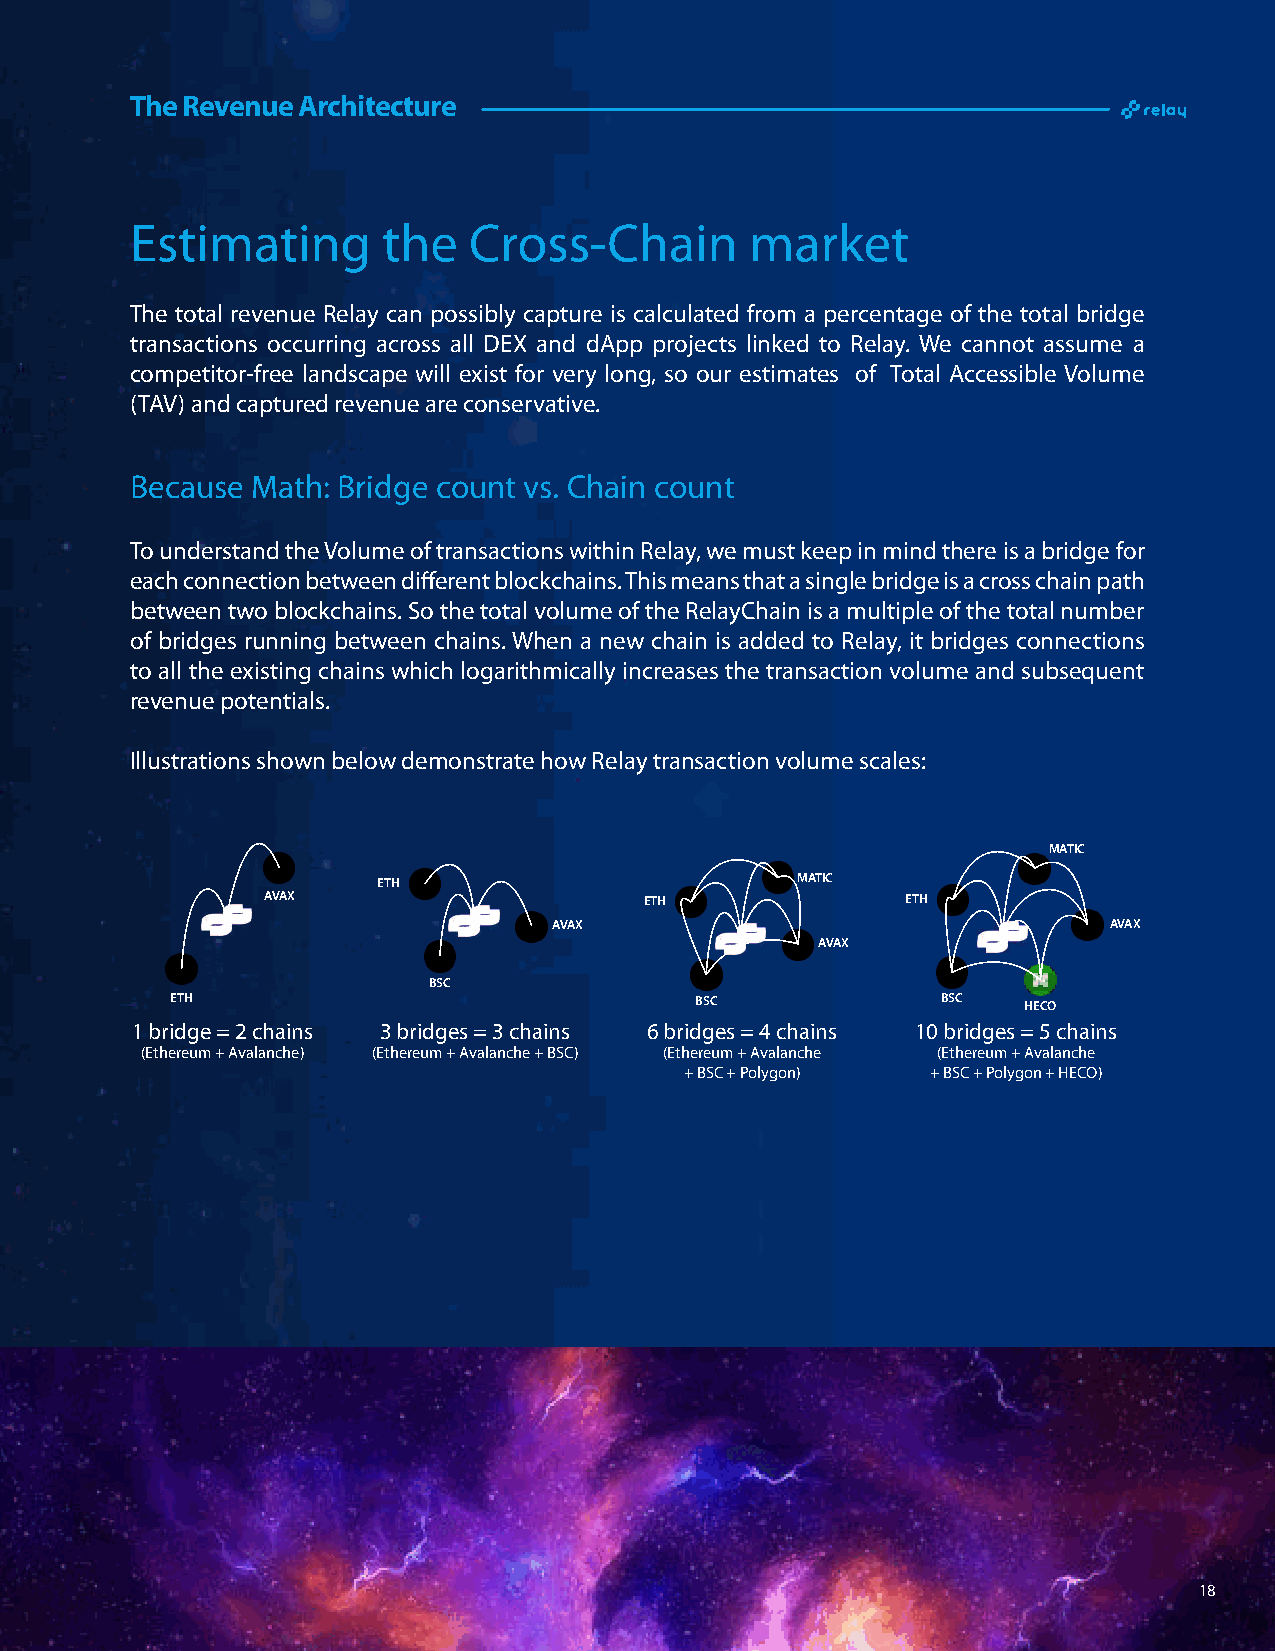
The Revenue Architecture
 Estimating      the   Cross-Chain        market
 The total revenue Relay can possibly capture is calculated from a percentage of the total bridge
 transactions occurring across all DEX and dApp projects linked to Relay. We cannot assume a
 competitor-free landscape will exist for very long, so our estimates of Total Accessible Volume
 (TAV) and captured revenue are conservative.
 Because Math: Bridge count vs. Chain count
 To understand the Volume of transactions within Relay, we must keep in mind there is a bridge for
 each connection between different blockchains. This means that a single bridge is a cross chain path
 between two blockchains. So the total volume of the RelayChain is a multiple of the total number
 of bridges running between chains. When a new chain is added to Relay, it bridges connections
 to all the existing chains which logarithmically increases the transaction volume and subsequent
 revenue potentials.
 Illustrations shown below demonstrate how Relay transaction volume scales:
 MATIC
 ETH                         MATIC
 AVAX                      ETH              ETH
 AVAX                                AVAX
 AVAX
 BSC
 ETH                                BSC             BSC   HECO
 1 bridge = 2 chains 3 bridges = 3 chains 6 bridges = 4 chains 10 bridges = 5 chains
 (Ethereum + Avalanche) (Ethereum + Avalanche + BSC) (Ethereum + Avalanche (Ethereum + Avalanche
 + BSC + Polygon) + BSC + Polygon + HECO)
 18